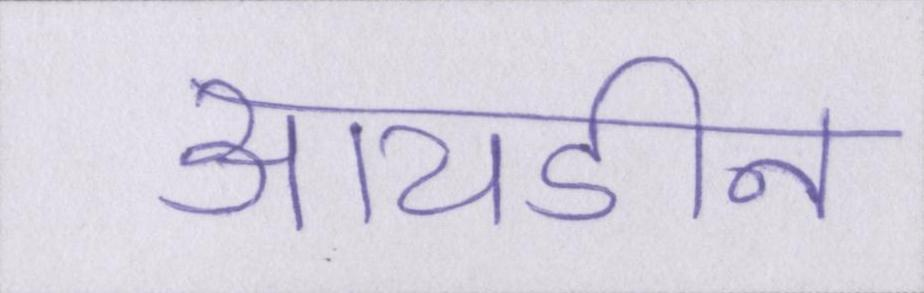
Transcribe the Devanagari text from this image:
आयडीन